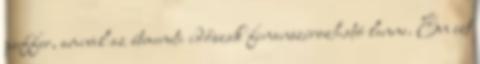
puffer, amivel az átmeneti időszak finanszírozható lenne. Én ezt